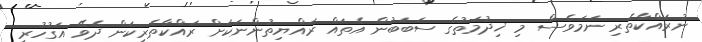
ނުރައްކާތެރި ނަމަވެސް މި ޚިދުމަތުގެ ސަބަބުން އެތައް ރައްޔިތުންނަކަށް ރައްކާތެރިކަން ދެވޭ އަގުހުރި